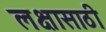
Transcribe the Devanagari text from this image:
लक्षासाठी